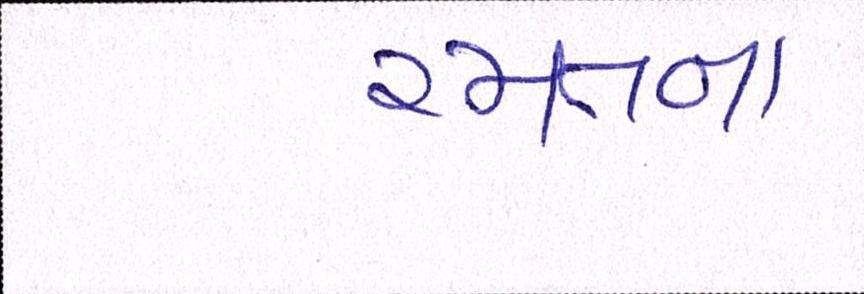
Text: રમતના